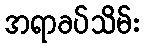
အရာခပ်သိမ်း